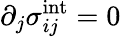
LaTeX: \partial_{j}\sigma_{ij}^{\textrm{int}}=0